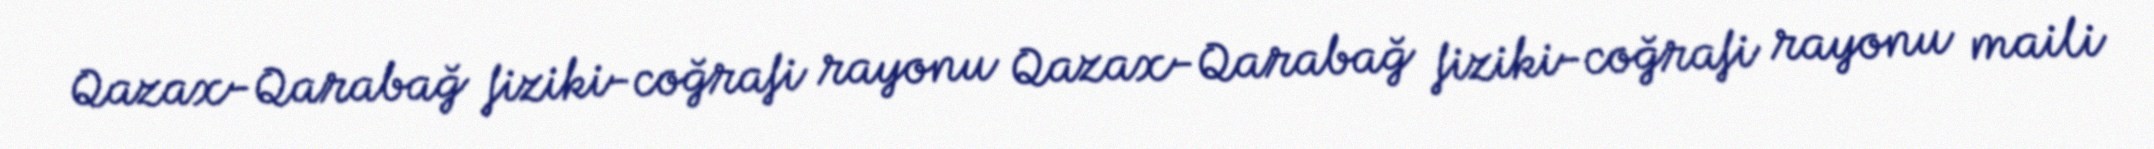
Qazax-Qarabağ fiziki-coğrafi rayonu Qazax-Qarabağ fiziki-coğrafi rayonu maili